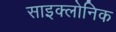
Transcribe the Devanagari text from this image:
साइक्लोनिक